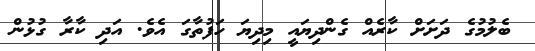
ބެލުމުގެ ދަށަށް ކާރެއް ގެންދިޔައީ މިދިޔަ ހަފުތާގަ އެވެ. އަދި ކާރާ ގުޅުން